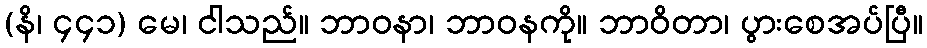
(နိ၊ ၄၄၁) မေ၊ ငါသည်။ ဘာဝနာ၊ ဘာဝနကို။ ဘာဝိတာ၊ ပွားစေအပ်ပြီ။